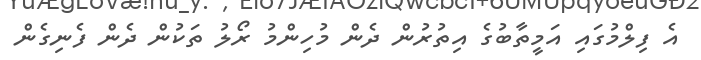
އެ ފިލްމުގައި އަމީތާބުގެ އިތުރުން ދެން މުހިންމު ރޯލު ތަކުން ދެން ފެނިގެން